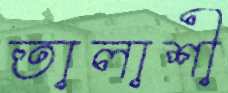
তালাশী